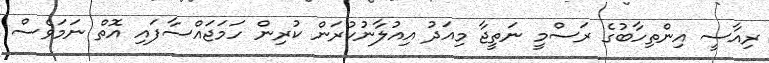
ރިއާސީ އިންތިހާބުގެ ރަސްމީ ނަތީޖާ މިއަދު އިއުލާނުކުރަން ކުރިން ހަމަޖައްސާފައި އޮތް ނަމަވެސް